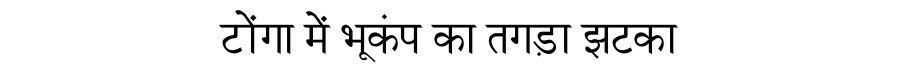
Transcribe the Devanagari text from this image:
टोंगा में भूकंप का तगड़ा झटका